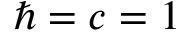
\hbar = c = 1